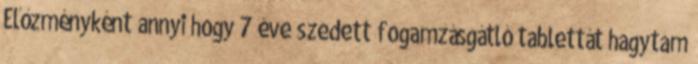
Előzményként annyi hogy 7 éve szedett fogamzásgátló tablettát hagytam